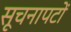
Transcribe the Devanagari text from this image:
सूचनापटों